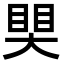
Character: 𥈀